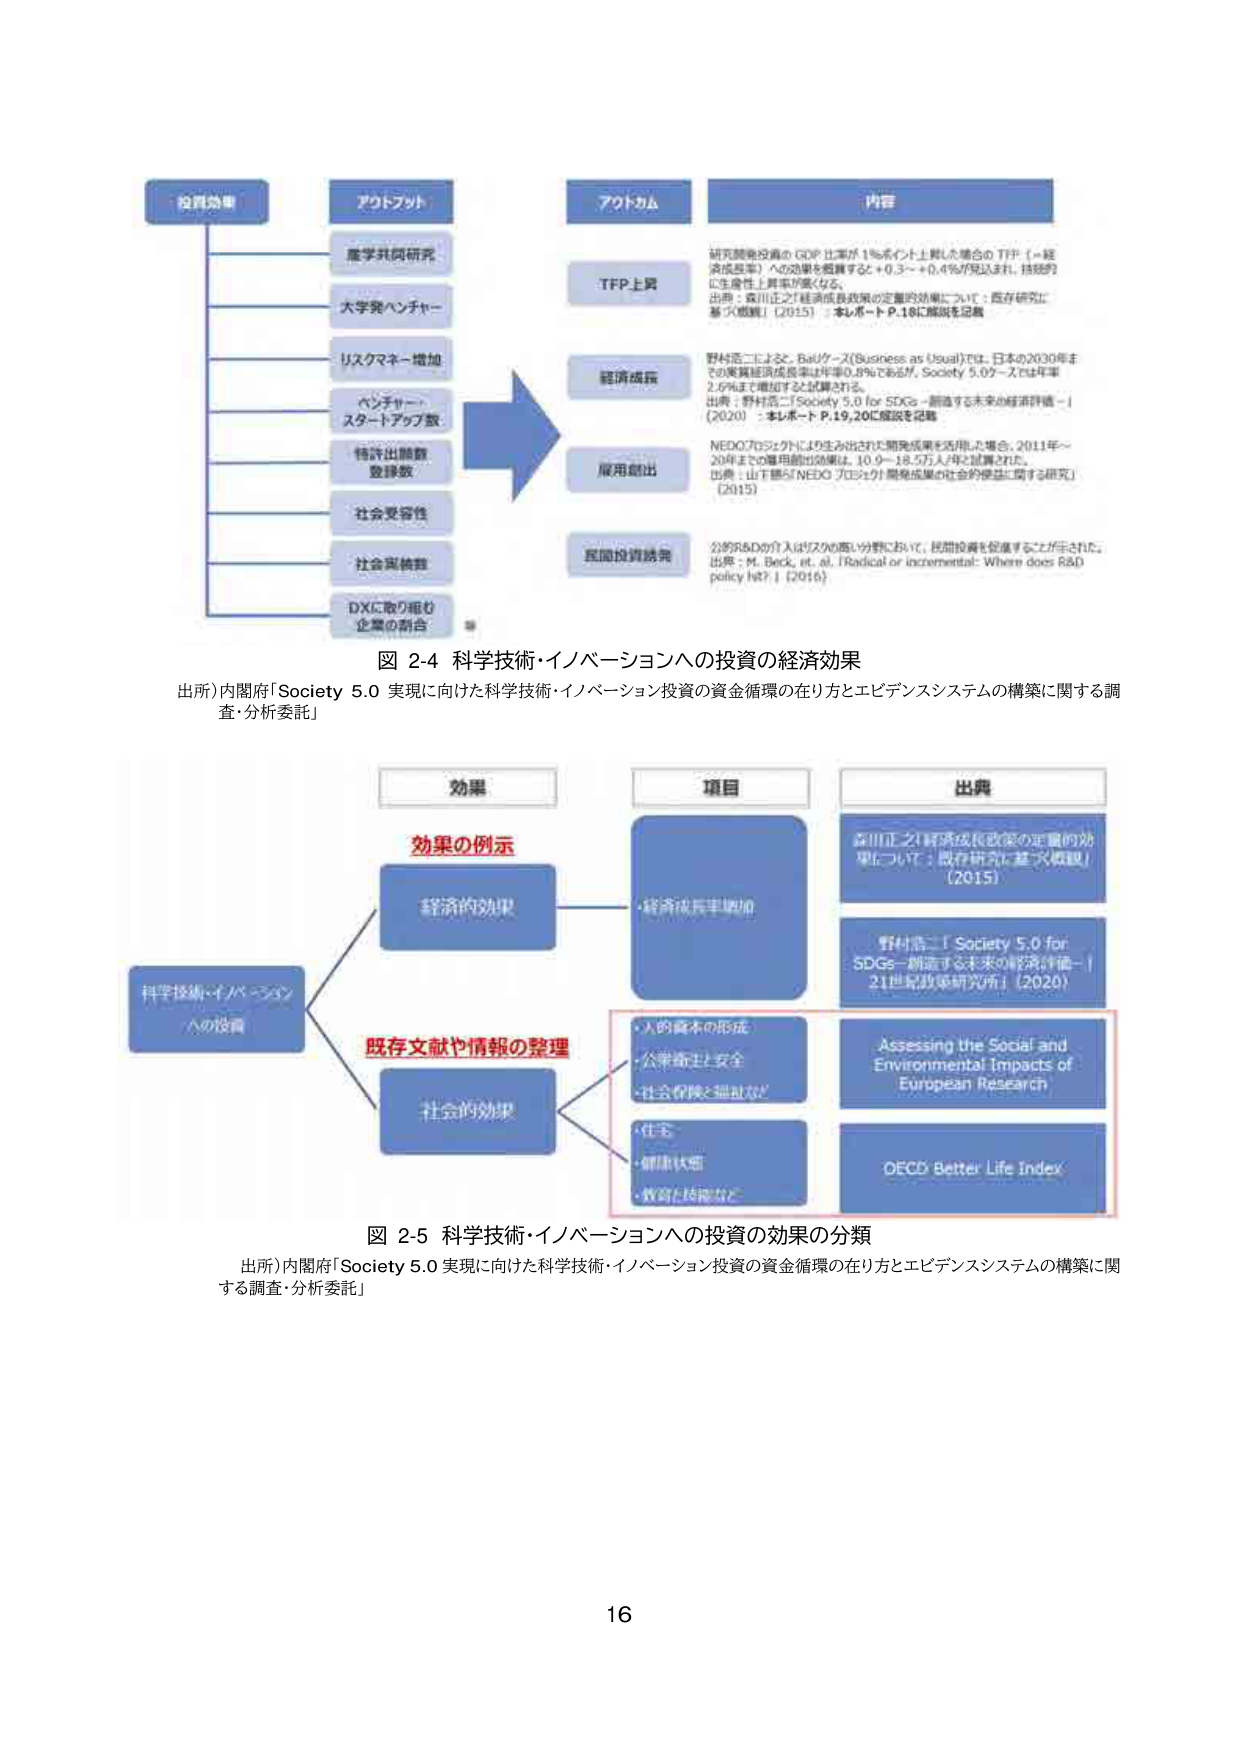
図 2-4 科学技術・イノベーションへの投資の経済効果
出所）内閣府「Society 5.0 実現に向けた科学技術・イノベーション投資の資金循環の在り方とエビデンスシステムの構築に関する調査・分析委託」

投資効果
→ アウトプット
　　・産学共同研究
　　・大学発ベンチャー
　　・リスクマネー増加
　　・ベンチャー・スタートアップ数
　　・特許出願数・登録数
　　・社会受容性
　　・社会実装数
　　・DXに取り組む企業の割合

→ アウトカム
　　・TFP上昇
　　・経済成長
　　・雇用創出
　　・民間投資誘発

→ 内容
　　研究開発投資の GDP 比率が 1％ポイント上昇した場合の TFP（→経済成長率）への効果を概算すると +0.3～+0.4％が見込まれ、持続的に生産性上昇率が高くなる。
　　出典：森川正之「経済成長政策の定量的効果について：既存研究に基づく概観」（2015）：本レポート P.18に解説を記載

　　野村浩二によると、Baiケース（Business as Usual）では、日本の2030年までの実質経済成長率は年率0.8％であるが、Society 5.0ケースでは年率2.6％まで増加すると試算される。
　　出典：野村浩二「Society 5.0 for SDGs－創造する未来の経済評価－」（2020）：本レポート P.19,20に解説を記載

　　NEDOプロジェクトにより生み出された開発成果を活用した場合、2011年～20年までの雇用創出効果は、10.9～18.5万人/年と試算された。
　　出典：山下穂「NEDO プロジェクト開発成果の社会的便益に関する研究」（2015）

　　公的R&Dの介入はリスクの高い分野において、民間投資を促進することができる。
　　出典：M. Beck, et. al. 「Radical or incremental: Where does R&D policy help?」（2016）

図 2-5 科学技術・イノベーションへの投資の効果の分類
出所）内閣府「Society 5.0 実現に向けた科学技術・イノベーション投資の資金循環の在り方とエビデンスシステムの構築に関する調査・分析委託」

科学技術・イノベーションへの投資
→ 効果の例示
　　・経済的効果
　　　→ 項目：経済成長率増加
　　　→ 出典：森川正之「経済成長政策の定量的効果について：既存研究に基づく概観」（2015）
　　　　　野村浩二「Society 5.0 for SDGs－創造する未来の経済評価－」（21世紀政策研究所）（2020）

　　・社会的効果
　　　→ 既存文献や情報の整理
　　　　・人的資本の形成
　　　　・公衆衛生・安全
　　　　・社会保障と福祉など
　　　　・住宅
　　　　・健康状態
　　　　・教育・技能など
　　　→ 出典：Assessing the Social and Environmental Impacts of European Research
　　　　　　OECD Better Life Index

16